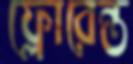
ফ্লোরেন্ত